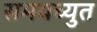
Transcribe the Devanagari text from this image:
समयच्युत